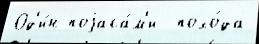
Од'и́н поjаса́м'и  похо́да